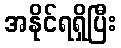
အနိုင်ရရှိပြီး